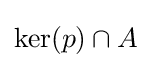
\operatorname {ker} (p)\cap A